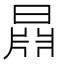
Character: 𣉦